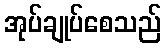
အုပ်ချုပ်စေသည်